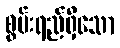
စွမ်းရည်ရှိသော